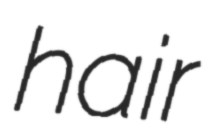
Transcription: hair